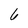
Character: 6